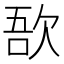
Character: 𣣄